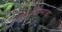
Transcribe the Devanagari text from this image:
कोळीसमाजा